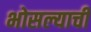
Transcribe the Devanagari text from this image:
भोसल्याची